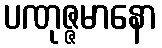
ပဏုဇ္ဇမာနော